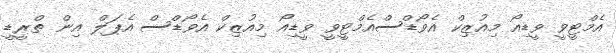
އެމްޓީވީ ވީޑިއޯ މިއުޒިކް އެވޯޑްސްއެމްޓީވީ ވީޑިއޯ މިއުޒިކް އެވޯޑްސް އެޕަލް އިން ތްރީޑީ